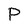
Character: P